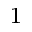
^ { 1 }